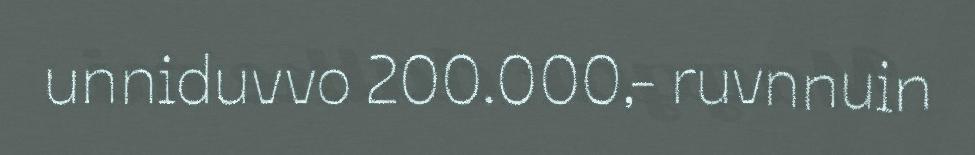
unniduvvo 200.000,- ruvnnuin